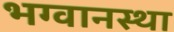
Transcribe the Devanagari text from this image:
भग्वानस्था